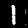
Digit: 1